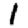
Digit: 1